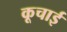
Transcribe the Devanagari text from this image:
कूचाई